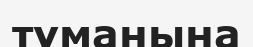
тұманына